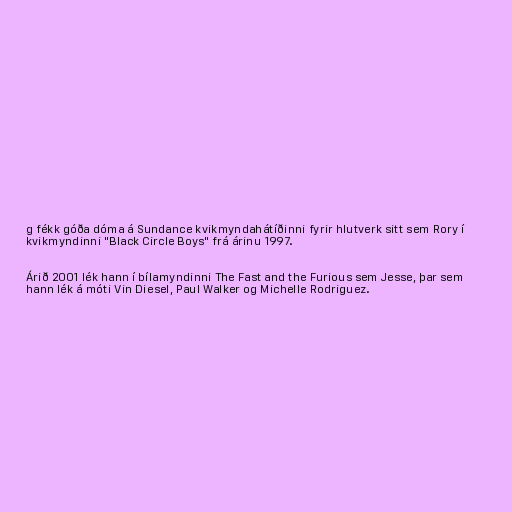
g fékk góða dóma á Sundance kvikmyndahátíðinni fyrir hlutverk sitt sem Rory í
kvikmyndinni "Black Circle Boys" frá árinu 1997.

Árið 2001 lék hann í bílamyndinni The Fast and the Furious sem Jesse, þar sem
hann lék á móti Vin Diesel, Paul Walker og Michelle Rodriguez.